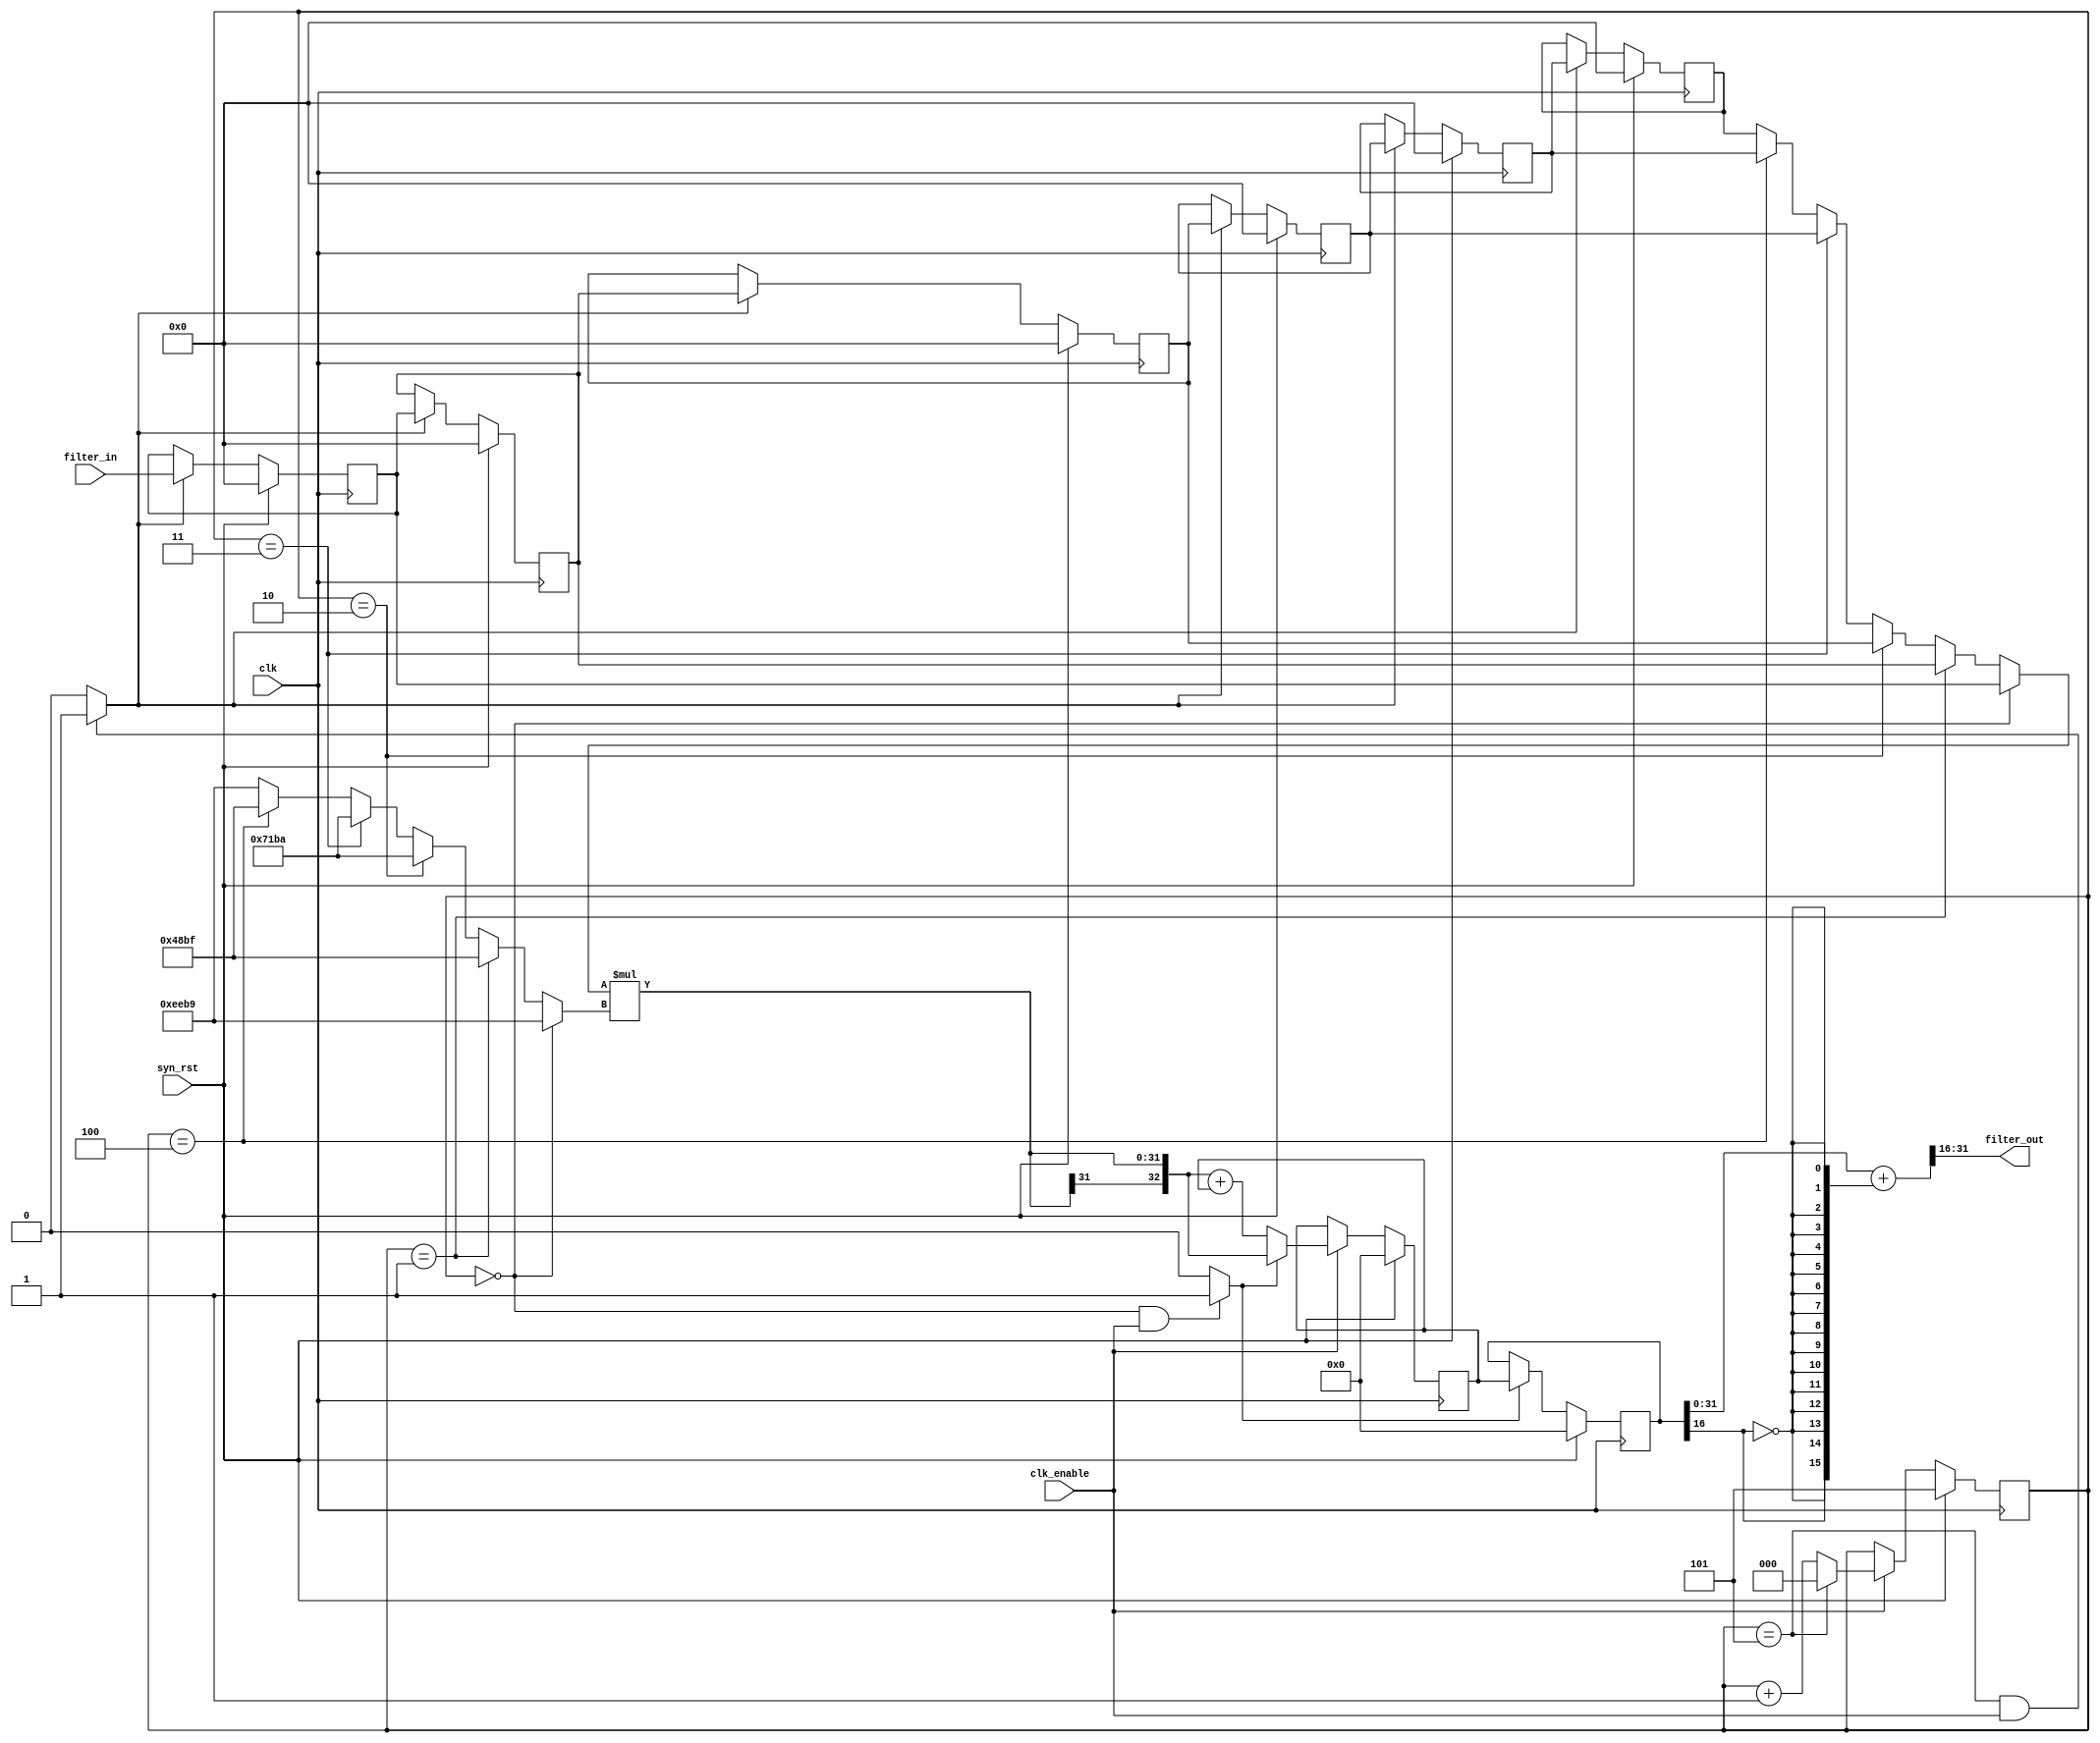
// -------------------------------------------------------------
// HDL Code Generation Options:
//
// ResetType: Synchronous
// ResetInputPort: syn_rst
// TargetDirectory: E:\\\\\\\\
// AddOutputRegister: off
// Name: filter_serial
// RemoveResetFrom: ShiftRegister
// SerialPartition: 6
// TargetLanguage: Verilog
// TestBenchStimulus: impulse step ramp chirp noise 

// -------------------------------------------------------------
// HDL Implementation    : Fully Serial
// Multipliers           : 1
// Folding Factor        : 6
// -------------------------------------------------------------
// Filter Settings:
//
// Discrete-Time FIR Filter (real)
// -------------------------------
// Filter Structure  : Direct-Form FIR
// Filter Length     : 6
// Stable            : Yes
// Linear Phase      : Yes (Type 2)
// Arithmetic        : fixed
// Numerator         : s16,16 -> [-5.000000e-001 5.000000e-001)
// Input             : s16,15 -> [-1 1)
// Filter Internals  : Specify Precision
//   Output          : s16,15 -> [-1 1)
//   Product         : s31,31 -> [-5.000000e-001 5.000000e-001)
//   Accumulator     : s33,31 -> [-2 2)
//   Round Mode      : convergent
//   Overflow Mode   : wrap
// -------------------------------------------------------------
`timescale 1 ns / 1 ns

module filter_serial(
  input   clk, 
  input   clk_enable, 
  input   syn_rst, 
  input   signed [15:0] filter_in, //sfix16_En15
  output  signed [15:0] filter_out );//sfix16_En15

////////////////////////////////////////////////////////////////
//Module Architecture: filter_serial
////////////////////////////////////////////////////////////////
// Local Functions
// Type Definitions
// Constants
parameter signed [15:0] coeff1 = 16'b1110111010111001; //sfix16_En16
parameter signed [15:0] coeff2 = 16'b0100100010111111; //sfix16_En16
parameter signed [15:0] coeff3 = 16'b0111000110111010; //sfix16_En16
parameter signed [15:0] coeff4 = 16'b0111000110111010; //sfix16_En16
parameter signed [15:0] coeff5 = 16'b0100100010111111; //sfix16_En16
parameter signed [15:0] coeff6 = 16'b1110111010111001; //sfix16_En16

// Signals
reg  [2:0] cur_count;

always @ ( posedge clk)
  if (syn_rst == 1'b1)
    cur_count <= 3'b101;
  else if (clk_enable == 1'b1) begin
    if (cur_count == 3'b101)
      cur_count <= 3'b000;
    else 
      cur_count <= cur_count + 1;
  end

wire FIRST_SUM_STAGE= (cur_count == 3'b101 && clk_enable == 1'b1)? 1 : 0;
wire OUTPUT_STAGE = (cur_count == 3'b000 && clk_enable == 1'b1)? 1 : 0;

reg  signed [15:0] delay_pipeline [0:5] ; // sfix16_En15
always @( posedge clk)
  if (syn_rst == 1'b1) begin
    delay_pipeline[0] <= 0;
    delay_pipeline[1] <= 0;
    delay_pipeline[2] <= 0;
    delay_pipeline[3] <= 0;
    delay_pipeline[4] <= 0;
    delay_pipeline[5] <= 0;
  end
  else if (FIRST_SUM_STAGE == 1'b1) begin
    delay_pipeline[0] <= filter_in;
    delay_pipeline[1] <= delay_pipeline[0];
    delay_pipeline[2] <= delay_pipeline[1];
    delay_pipeline[3] <= delay_pipeline[2];
    delay_pipeline[4] <= delay_pipeline[3];
    delay_pipeline[5] <= delay_pipeline[4];
  end

wire[15:0] inputmux_1= (cur_count == 3'b000) ? delay_pipeline[0]:
                   (cur_count == 3'b001) ? delay_pipeline[1]:
                   (cur_count == 3'b010) ? delay_pipeline[2]:
                   (cur_count == 3'b011) ? delay_pipeline[3]:
                   (cur_count == 3'b100) ? delay_pipeline[4]:
                   delay_pipeline[5];
wire[15:0] product_1_mux= (cur_count == 3'b000) ? coeff1:
                   (cur_count == 3'b001) ? coeff2:
                   (cur_count == 3'b010) ? coeff3:
                   (cur_count == 3'b011) ? coeff4:
                   (cur_count == 3'b100) ? coeff5:
                   coeff6;
wire[31:0] mul_temp = inputmux_1 * product_1_mux;

wire signed [32:0] acc_sum_1; // sfix33_En31
wire signed [32:0] acc_in_1; // sfix33_En31
reg  signed [32:0] acc_out_1; // sfix33_En31

assign acc_sum_1 = {mul_temp[31],mul_temp} + acc_out_1;
assign acc_in_1 = (OUTPUT_STAGE == 1'b1)?{mul_temp[31],mul_temp}:acc_sum_1;
always @ ( posedge clk)
  if(syn_rst == 1'b1)
    acc_out_1 <= 0;   
  else if (clk_enable == 1'b1)
    acc_out_1 <= acc_in_1;  

reg  signed [32:0] acc_final; // sfix33_En31
always @ ( posedge clk)
  if (syn_rst == 1'b1)
    acc_final <= 0;
  else if (OUTPUT_STAGE == 1'b1)
    acc_final <= acc_out_1;

assign filter_out = (acc_final[31:0] + {acc_final[16], {15{~acc_final[16]}}})>>>16;

endmodule  // filter_serial